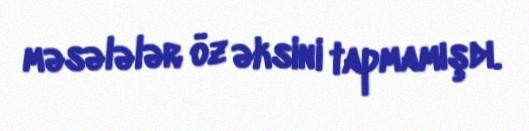
məsələlər öz əksini tapmamışdı.